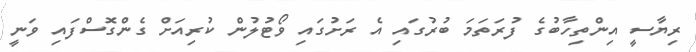
ރިޔާސީ އިންތިހާބުގެ ފުރަތަމަ ބުރުގައި އެ ރަށުގައި ވޯޓުލުން ކުރިއަށް ގެންގޮސްފައި ވަނީ